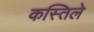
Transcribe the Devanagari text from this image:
कस्तिले